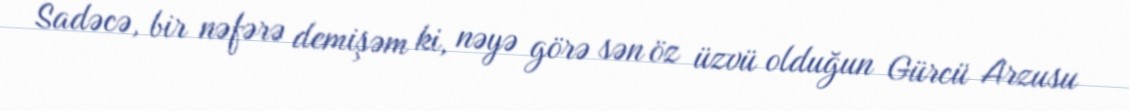
Sadəcə, bir nəfərə demişəm ki, nəyə görə sən öz üzvü olduğun Gürcü Arzusu